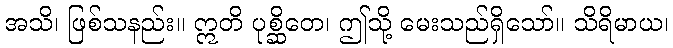
အသိ၊ ဖြစ်သနည်း။ ဣတိ ပုစ္ဆိတေ၊ ဤသို့ မေးသည်ရှိသော်။ သိရိမာယ၊